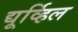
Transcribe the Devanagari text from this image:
द्यूर्व्हिल